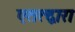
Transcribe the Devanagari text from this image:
एतत्द्वारा